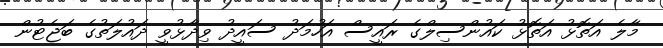
މާލެ އަތޮޅު އަތޮޅު ކައުންސިލްގެ ރައީސް އަހުމަދު ސައީދު ވިދާޅުވީ ދައުލަތުގެ ބަޖެޓުން